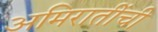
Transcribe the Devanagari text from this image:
अमिरातींची